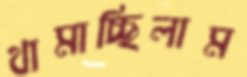
থামাচ্ছিলাম